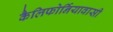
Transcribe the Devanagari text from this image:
कैलिफोर्नियावासी